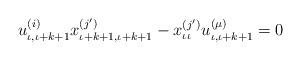
LaTeX: \begin{align*} u_{\iota,\iota+k+1}^{(i)} x_{\iota+k+1, \iota+ k+1}^{(j')} - x_{\iota \iota}^{(j')} u_{\iota ,\iota+k+1}^{( \mu )} = 0 \end{align*}